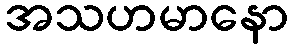
အသဟမာနော